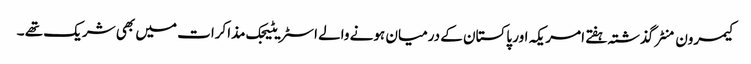
کیمرون منٹر گذشتہ ہفتے امریکہ اور پاکستان کے درمیان ہونے والے اسٹریٹیجک مذاکرات میں بھی شریک تھے ۔